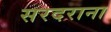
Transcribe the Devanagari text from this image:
सरदराना